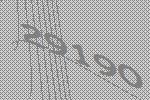
29190